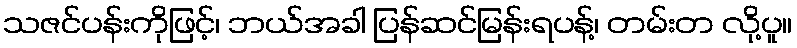
သဇင်ပန်းကိုဖြင့်၊ ဘယ်အခါ ပြန်ဆင်မြန်းရပန့်၊ တမ်းတ လို့ပူ။